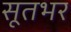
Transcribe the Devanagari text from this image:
सूतभर